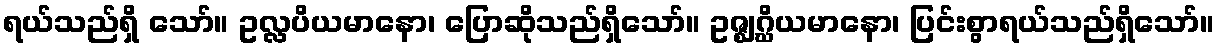
ရယ်သည်ရှိ သော်။ ဥလ္လပိယမာနော၊ ပြောဆိုသည်ရှိသော်။ ဥဇ္ဈဂ္ဃိယမာနော၊ ပြင်းစွာရယ်သည်ရှိသော်။